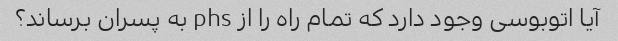
آیا اتوبوسی وجود دارد که تمام راه را از phs به پسران برساند؟